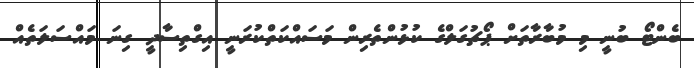
ބެންޓޯ ބުނީ މި މުބާރާތަށް ޕޯޗުގަލްގެ ކުޅުންތެރިން މަސައްކަތްކުރަނީ އިގްތިސާދީ ގިނަ މައްސަލަތެއް